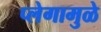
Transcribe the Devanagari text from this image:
प्लेगामुळे